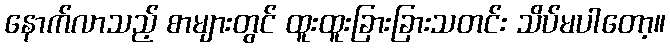
နောက်လာသည့် စာများတွင် ထူးထူးခြားခြားသတင်း သိပ်မပါတော့။